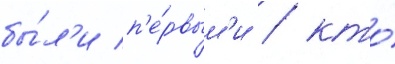
бы́л'и п'е́рвым'и / кто́